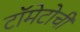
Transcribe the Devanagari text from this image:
टॉमेटोची